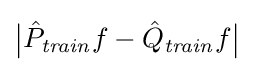
{\big |}{\hat {P}}_{\mathit {train}}f-{\hat {Q}}_{\mathit {train}}f{\big |}